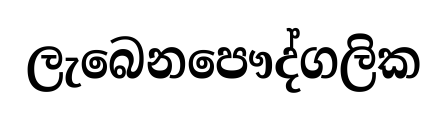
ලැබෙනපෞද්ගලික